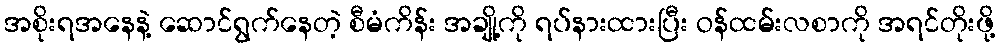
အစိုးရအနေနဲ့ ဆောင်ရွက်နေတဲ့ စီမံကိန်း အချို့ကို ရပ်နားထားပြီး ဝန်ထမ်းလစာကို အရင်တိုးဖို့